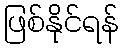
ဖြစ်နိုင်ရန်